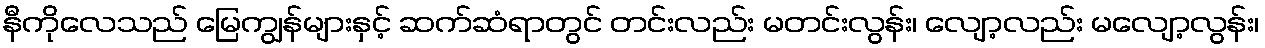
နီကိုလေသည် မြေကျွန်များနှင့် ဆက်ဆံရာတွင် တင်းလည်း မတင်းလွန်း၊ လျော့လည်း မလျော့လွန်း၊